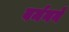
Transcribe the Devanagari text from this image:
बर्मनने